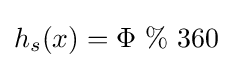
h_{s}(x)=\Phi \ \%\ 360